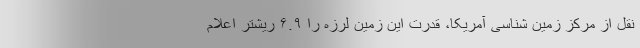
نقل از مرکز زمین شناسی آمریکا، قدرت این زمین لرزه را ۶.۹ ریشتر اعلام